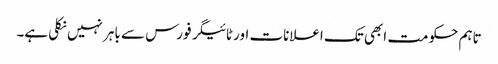
تاہم حکومت ابھی تک اعلانات اور ٹائیگر فورس سے باہر نہیں نکلی ہے۔